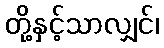
တို့နှင့်သာလျှင်၊